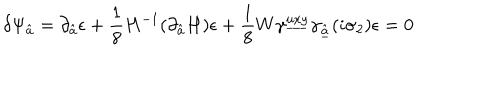
\delta \Psi _ { \hat { a } } = \partial _ { \hat { a } } \epsilon + { \frac { 1 } { 8 } } H ^ { - 1 } ( \partial _ { \hat { a } } H ) \epsilon + { \frac { 1 } { 8 } } W \gamma ^ { \underline { { { u x y } } } } \gamma _ { \underline { { { \hat { a } } } } } ( i \sigma _ { 2 } ) \epsilon = 0 \,